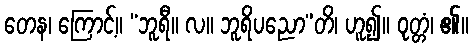
တေန၊ ကြောင့်။ “ဘူရီ။ လ။ ဘူရိပညော”တိ၊ ဟူ၍။ ဝုတ္တံ၊ ၏။